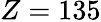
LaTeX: Z=135